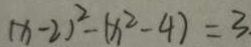
( x - 2 ) ^ { 2 } - ( x ^ { 2 } - 4 ) = 3